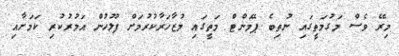
މިރޭ ވެސް މަގުމަތީގައި ނުތިބެ ޕޭމަންޓް މަތީގައި މުޒާހަރާކުރުމަށް ފުލުހުން އަމުރުކުރި ކަމަށާއި